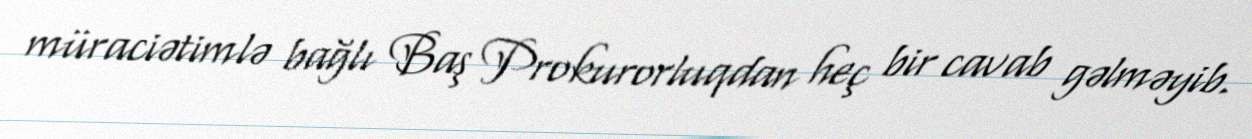
müraciətimlə bağlı Baş Prokurorluqdan heç bir cavab gəlməyib.